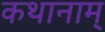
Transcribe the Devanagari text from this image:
कथानाम्